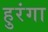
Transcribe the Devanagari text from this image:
हुरंगा